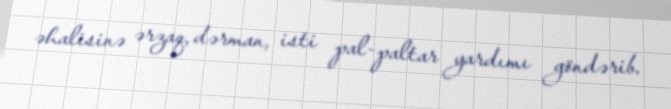
əhalisinə ərzaq, dərman, isti pal-paltar yardımı göndərib.